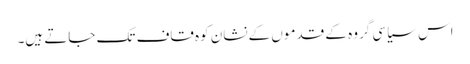
اس سیاسی گروہ کے قدموں کے نشان کوہ قاف تک جاتے ہیں۔